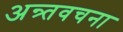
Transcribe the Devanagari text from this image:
अन्र्तवचना